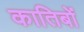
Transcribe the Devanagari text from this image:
कातिबों